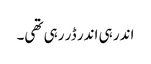
اندر ہی اندر ڈر رہی تھی۔